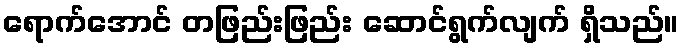
ရောက်အောင် တဖြည်းဖြည်း ဆောင်ရွက်လျက် ရှိသည်။